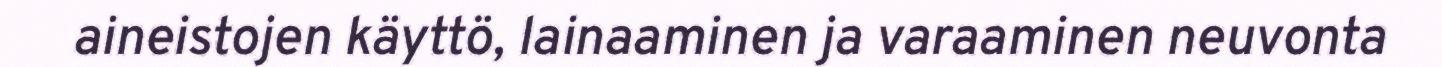
aineistojen käyttö, lainaaminen ja varaaminen neuvonta